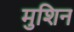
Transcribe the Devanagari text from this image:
मुशिन